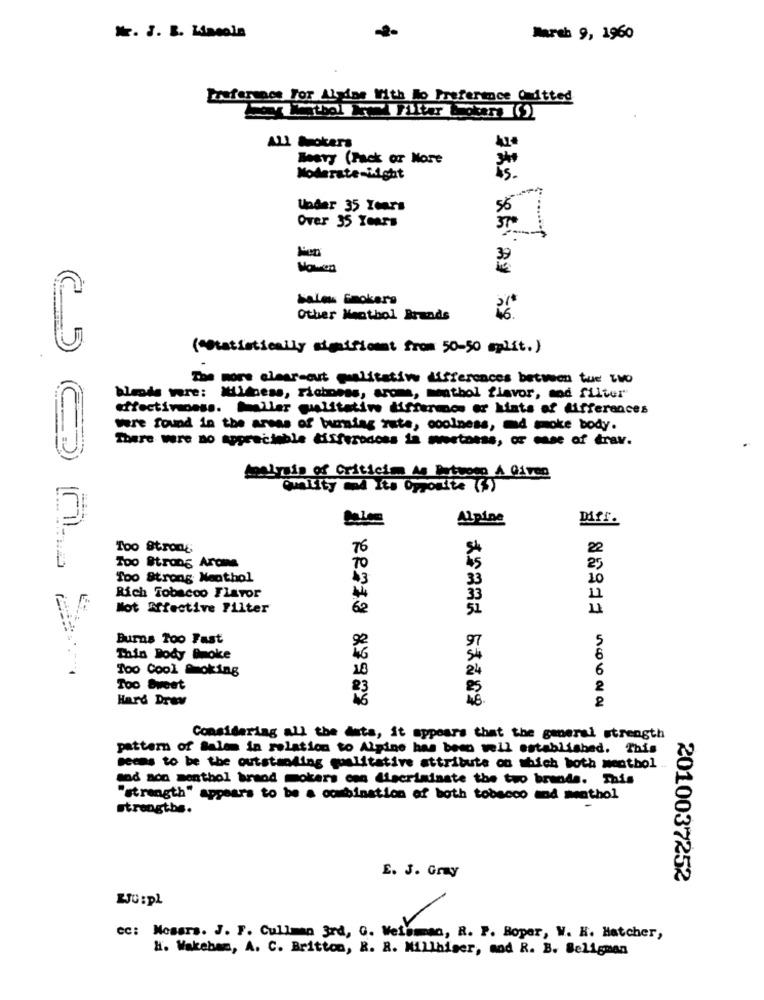
Nr. J. B. Lasole
Marsh 9, 1960
Freference For Alpine With No Preference Omitted
ALL Mokers
Boary (Fack or More
Moderate -Light
is.
Under 35 Years
56
Over 35 Years
bales Smokers
Other Menthol Brands
("Statistically significant from 50-50 mlit.)
The more clear-cut plitstiw differences between tue Lo
blende were: MULdness, richness, aroma, menthol flavor, mod filter
effectiveness. Miller qualitative differmos or hints of differences
were found in the areas of burning rate, coolness, md moke body.
There were no appreciable differodoss in moetness, or ense of drav.
Analysis of Criticim As Detuomo A Given
Quality 4 Its Opposite (3)
Alpine
Too Strong
76
22
Too Strong Aroma
25
Too Strong Nenthol
Rich Tobacco Flavor
Mot Affective Filter
62
51
Burns Too Fast
92
97
Thin Body Broke
54
Too Cool Smoking
18
24
6
Too Sweet
Hard Drev
48
Considering all the data, it appears that the general strength
pattern of Salem in relation to Alpine has been well established. This
seems to be the outstanding qualitative attribute on which both menthol.
sad son menthol brand mokers con discriminate the two brenda. This
"strength" appears to be a combination of both tobacco and menthol
strengths.
E. J. Gray
2010037252
LJU:pL
cc: Nosars. J. F. Cullman 3rd, G. Weisman, R. P. Boper, W. H. Hatcher,
H. Wakeham, A. C. Britton, R. R. Millhiser, and R. B. Beligman